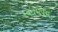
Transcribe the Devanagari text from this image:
स्वधर्मप्रेम